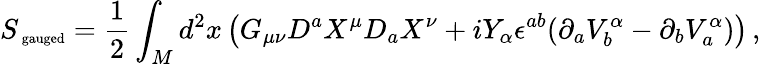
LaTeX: S_{{\mathrm{\scriptsize~{gauged}}}}=\frac 12\int_{M}d^{2}x\left(G_{\mu\nu}D^{a}X^{\mu}D_{a}X^{\nu}+iY_{\alpha}\epsilon^{ab}(\partial_{a}V_{b}^{\alpha}-\partial_{b}V_{a}^{\alpha})\right)\, ,